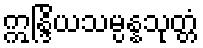
ဣန္ဒြိယသမ္ပန္နသုတ္တံ